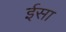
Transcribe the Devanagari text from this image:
र्इसा